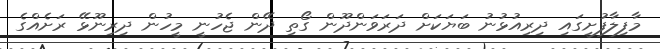
މާފިލާފުށީގައި ދިރިއުޅުނު ބަޔަކަށް ދަރަވަންދޫން ގޯތި ދޭން ޖެހުނީ މީހުން ދިރިނޫޅޭ ރަށެއްގެ